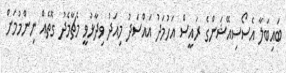
ބައިބަލާ އެސޯސިއޭޝަންގެ ރައީސް އަހުމަދު އައްސަދު މިއަދު ވިދާޅުވީ މެޗާމެދު ގޮތެއް ނިންމުމަށް